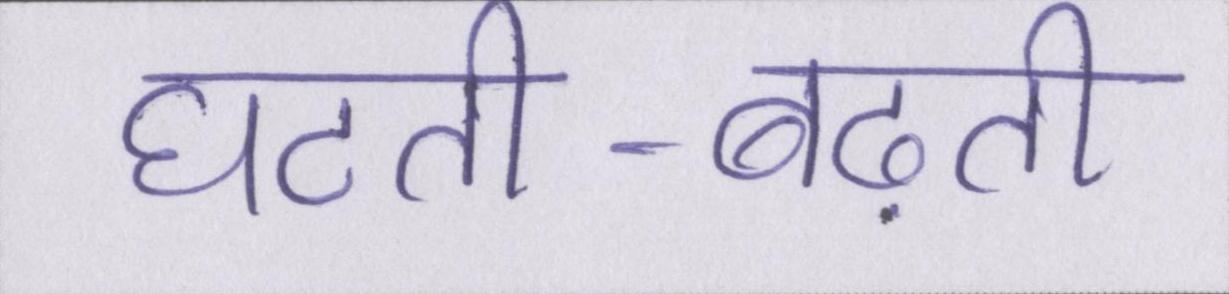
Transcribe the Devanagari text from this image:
घटती-बढ़ती